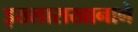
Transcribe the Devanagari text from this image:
इख्लासखानाने